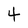
Character: 4